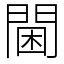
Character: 閫